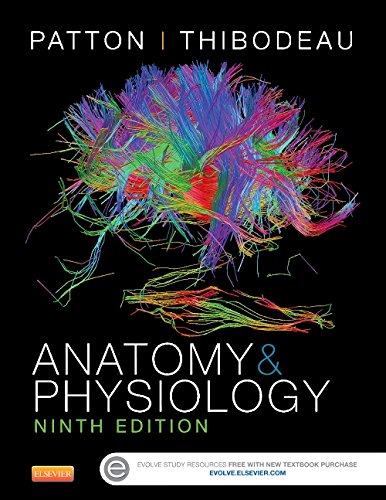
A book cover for Anatomy & Physiology (includes A&P Online course), 9e (Anatomy & Physiology (Thibodeau)); Kevin T. Patton PhD; Medical Books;